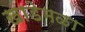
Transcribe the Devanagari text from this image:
खाडेमळा